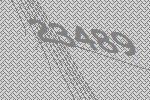
23489